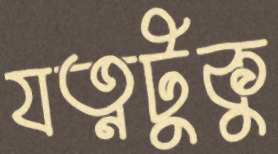
যত্নটুকু